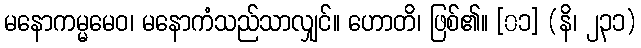
မနောကမ္မမေဝ၊ မနောကံသည်သာလျှင်။ ဟောတိ၊ ဖြစ်၏။ [၀၁] (နိ၊ ၂၃၁)